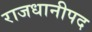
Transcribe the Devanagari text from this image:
राजधानीपद